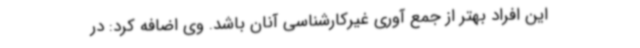
این افراد بهتر از جمع آوری غیرکارشناسی آنان باشد. وی اضافه کرد: در